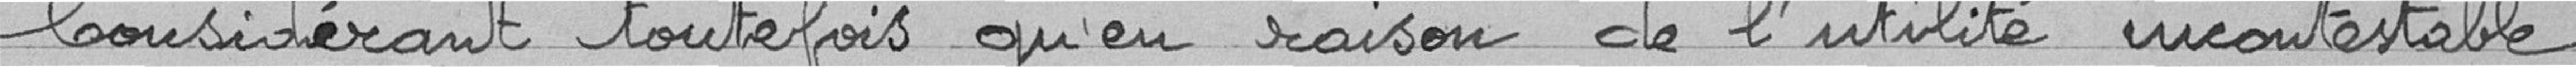
Considérant toutefois qu'en raison de l'utilité incontestable